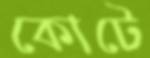
কোটে